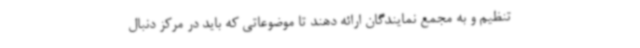
تنظیم و به مجمع نمایندگان ارائه دهند تا موضوعاتی که باید در مرکز دنبال